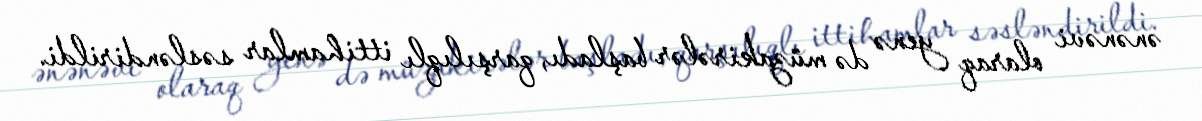
ənənəvi olaraq yenə də müzakirələr başladı, qarşılıqlı ittihamlar səsləndirildi.